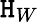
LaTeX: \mathtt{H}_{W}